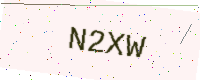
Text: N2XW